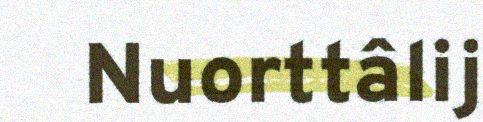
Nuorttâlij